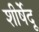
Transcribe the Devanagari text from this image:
शीर्षेंदू